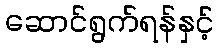
ဆောင်ရွက်ရန်နှင့်